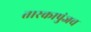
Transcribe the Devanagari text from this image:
तारकापुंजच